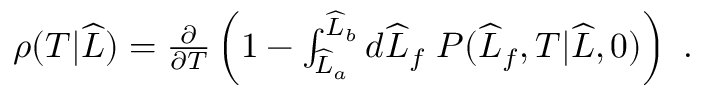
\begin{array} { r } { \rho ( T | \widehat { L } ) = \frac { \partial } { \partial T } \left( 1 - \int _ { \widehat { L } _ { a } } ^ { \widehat { L } _ { b } } d \widehat { L } _ { f } \; P ( \widehat { L } _ { f } , T | \widehat { L } , 0 ) \right) \ . } \end{array}